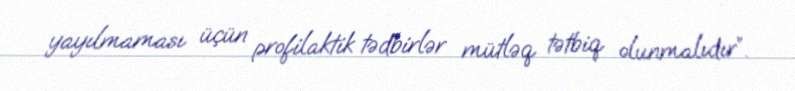
yayılmaması üçün profilaktik tədbirlər mütləq tətbiq olunmalıdır”.